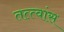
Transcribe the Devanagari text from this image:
तत्त्वांस